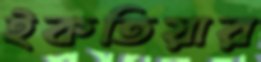
ইকতিয়ার